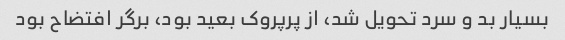
بسیار بد و سرد تحویل شد، از پرپروک بعید بود، برگر افتضاح بود